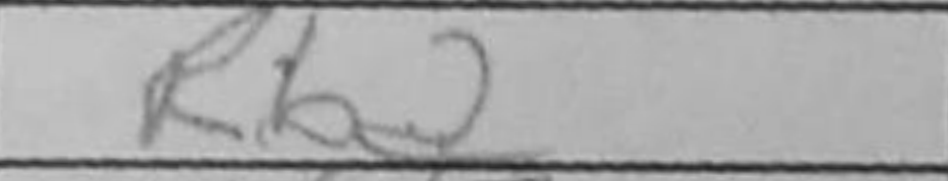
Transcription: Rb2